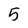
Character: 5